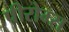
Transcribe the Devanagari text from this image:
पीरोम्स